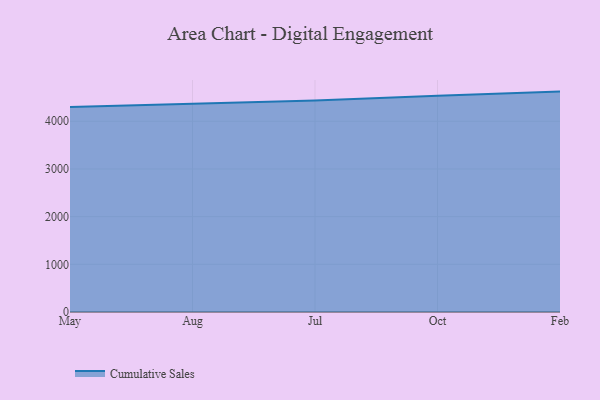
{"axis": {"x": "Month", "y": "Market Share (%)"}, "legend": ["Cumulative Sales"], "data": [{"x": "May", "y": 4297.9, "type": "Cumulative Sales"}, {"x": "Aug", "y": 4366.1, "type": "Cumulative Sales"}, {"x": "Jul", "y": 4436.9, "type": "Cumulative Sales"}, {"x": "Oct", "y": 4533.0, "type": "Cumulative Sales"}, {"x": "Feb", "y": 4621.9, "type": "Cumulative Sales"}]}